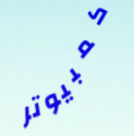
كمبيوتر